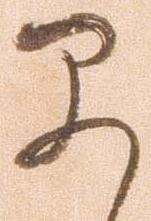
早